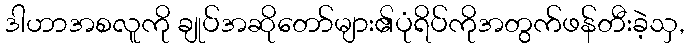
ဒါဟာအစလူကို ချုပ်အဆိုတော်များ၏ပုံရိပ်ကိုအတွက်ဖန်တီးခဲ့သှ,